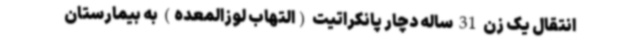
انتقال یک زن 31 ساله دچار پانکراتیت (التهاب لوزالمعده) به بیمارستان